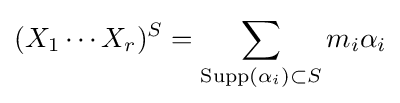
(X_{1}\cdots X_{r})^{S}=\sum _{\operatorname {Supp} (\alpha _{i})\subset S}m_{i}\alpha _{i}